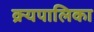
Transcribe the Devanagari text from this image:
क्र्यपालिका